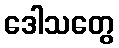
ဒေါသတွေ